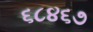
૬૮૪૬૭